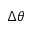
\Delta \theta